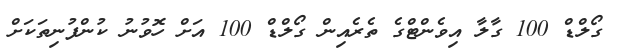
ގޯލްޑް 100 ގާލާ އިވެންޓްގެ ތެރެއިން ގޯލްޑް 100 އަށް ހޮވުނު ކުންފުނިތަކަށް